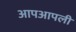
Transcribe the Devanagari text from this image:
आपआपली